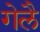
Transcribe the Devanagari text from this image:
गेलै